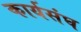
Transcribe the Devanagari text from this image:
कार्यसंघ